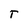
Character: T